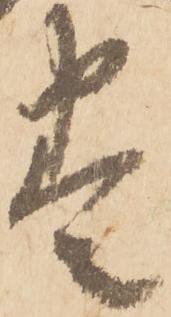
巻